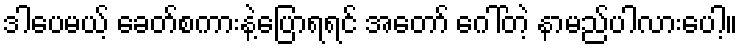
ဒါပေမယ့် ခေတ်စကားနဲ့ပြောရရင် အတော် ဂေါ်တဲ့ နာမည်ပါလားပေါ့။